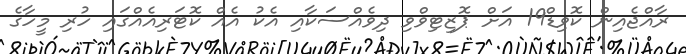
ރާއްޖެއިން ކޮވިޑް19 އަށް ޕޮޒިޓިވްވި ދިވެއްސަކާއި އެކު އެއް ކޮޓަރިއެއްގައި ހުރި މީހާގެ